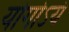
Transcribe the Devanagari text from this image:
योगोऽयं